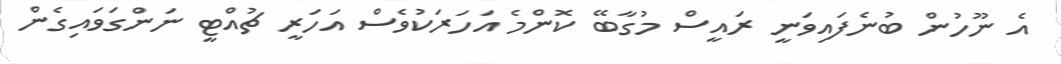
އެ ނޫހުން ބުނެފައިވަނީ ރައީސް މުގާބޭ ކޮންމެ އަހަރަކުވެސް އަހަރީ ޗުއްޓީ ނަންގަވައިގެން